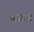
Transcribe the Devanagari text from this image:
बजाच